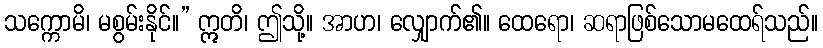
သက္ကောမိ၊ မစွမ်းနိုင်။” ဣတိ၊ ဤသို့။ အာဟ၊ လျှောက်၏။ ထေရော၊ ဆရာဖြစ်သောမထေရ်သည်။